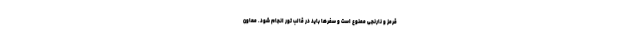
قرمز و نارنجی ممنوع است و سفرها باید در قالب تور انجام شود. معاون